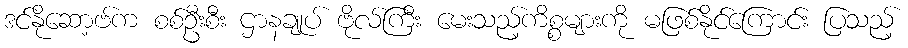
ဒင်နိုဆော့ဗ်က စစ်ဦးစီး ဌာနချုပ် ဗိုလ်ကြီး မေးသည့်ကိစ္စများကို မဖြစ်နိုင်ကြောင်း ပြသည့်